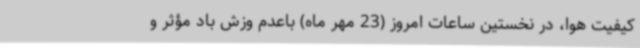
کیفیت هوا، در نخستین ساعات امروز (23 مهر ماه) باعدم وزش باد مؤثر و